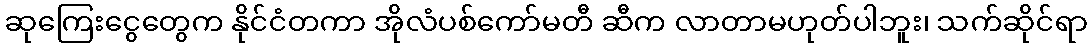
ဆုကြေးငွေတွေက နိုင်ငံတကာ အိုလံပစ်ကော်မတီ ဆီက လာတာမဟုတ်ပါဘူး၊ သက်ဆိုင်ရာ